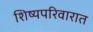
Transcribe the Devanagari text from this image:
शिष्यपरिवारात